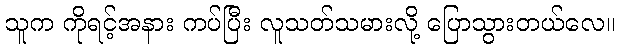
သူက ကိုရင့်အနား ကပ်ပြီး လူသတ်သမားလို့ ပြောသွားတယ်လေ။